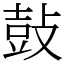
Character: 鼔